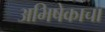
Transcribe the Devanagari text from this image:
अभिषेकाचा